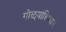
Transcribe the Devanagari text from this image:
गोळ्यांशिवाय